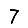
Digit: 7